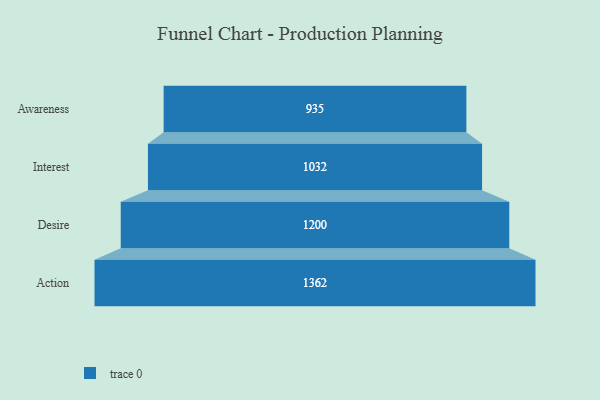
{"axis": {"x": "Stage", "y": "Value"}, "legend": [""], "data": [{"x": "Awareness", "y": 935.0, "type": ""}, {"x": "Interest", "y": 1032.0, "type": ""}, {"x": "Desire", "y": 1200.0, "type": ""}, {"x": "Action", "y": 1362.0, "type": ""}]}